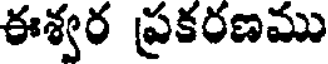
ఈశ్వర ప్రకరణము